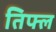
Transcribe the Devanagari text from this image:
तिफ्ल